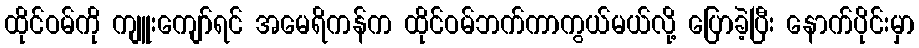
ထိုင်ဝမ်ကို ကျူးကျော်ရင် အမေရိကန်က ထိုင်ဝမ်ဘက်ကာကွယ်မယ်လို့ ပြောခဲ့ပြီး နောက်ပိုင်းမှာ